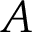
A